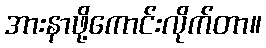
အားနာဖို့ကောင်းလိုက်တာ။